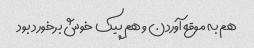
هم به موقع آوردن و هم پیک خوش برخورد بود